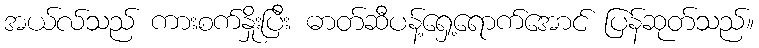
အယ်လ်သည် ကားစက်နှိုးပြီး ဓာတ်ဆီပန့်ရှေ့ရောက်အောင် ပြန်ဆုတ်သည်။